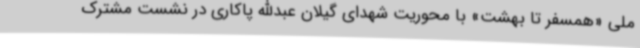
ملی «همسفر تا بهشت» با محوریت شهدای گیلان عبدالله پاکاری در نشست مشترک